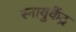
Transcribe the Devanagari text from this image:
स्नायुकेंद्र